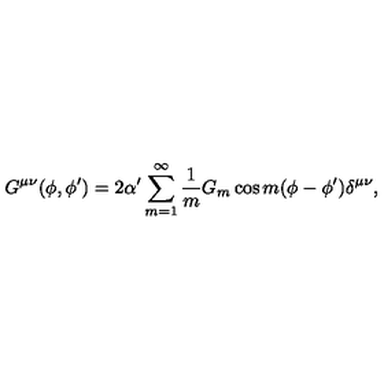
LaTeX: G ^ { \mu \nu } ( \phi , \phi ^ { \prime } ) = 2 \alpha ^ { \prime } \sum _ { m = 1 } ^ { \infty } \frac { 1 } { m } G _ { m } \cos m ( \phi - \phi ^ { \prime } ) \delta ^ { \mu \nu } ,